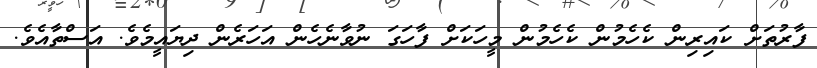
ފާރުތަށް ކައިރިން ކެހެމުން ކެހެމުން މީހަކަށް ފާހަގަ ނުވާނެހެން އަހަރެން ދިޔައީމެވެ. އަސްތާއެވެ.